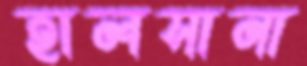
হালসানা